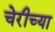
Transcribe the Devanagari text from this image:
चेरीच्या